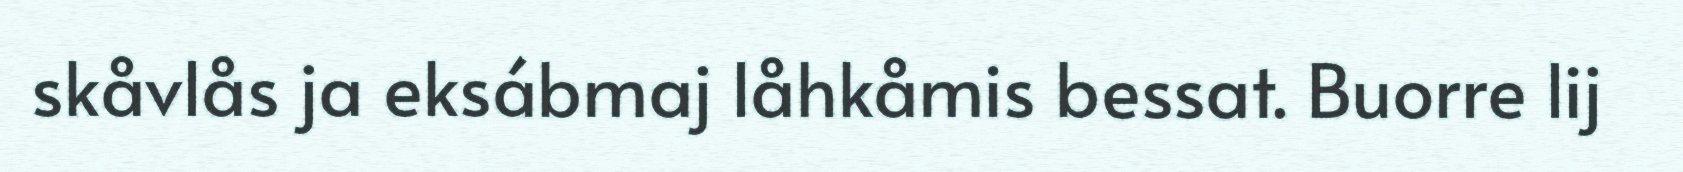
skåvlås ja eksábmaj låhkåmis bessat. Buorre lij